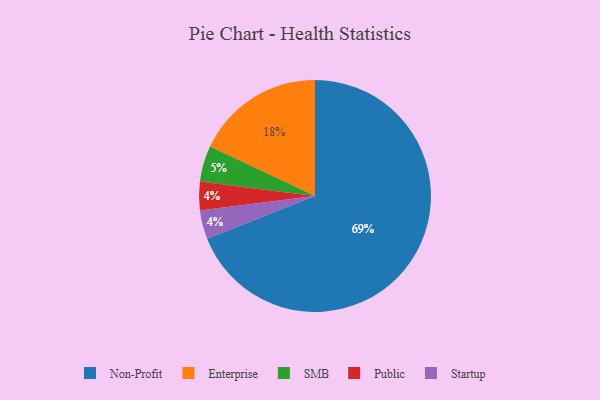
{"axis": {"x": "Category", "y": "Percentage"}, "legend": ["Enterprise", "Non-Profit", "Public", "SMB", "Startup"], "data": [{"x": "Public", "y": 4, "type": "Public"}, {"x": "Enterprise", "y": 18, "type": "Enterprise"}, {"x": "SMB", "y": 5, "type": "SMB"}, {"x": "Non-Profit", "y": 69, "type": "Non-Profit"}, {"x": "Startup", "y": 4, "type": "Startup"}]}